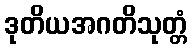
ဒုတိယအဂတိသုတ္တံ